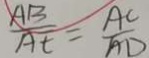
\frac { A B } { A E } = \frac { A C } { A D }